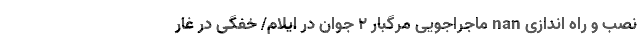
نصب و راه اندازی nan ماجراجویی مرگبار ۲ جوان در ایلام/ خفگی در غار